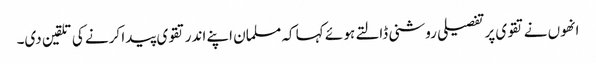
انھوں نے تقوی پر تفصیلی روشنی ڈالتے ہو ئے کہا کہ مسلمان اپنے اندر تقوی پیدا کرنے کی تلقین دی۔